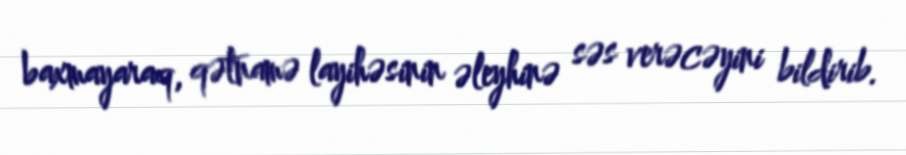
baxmayaraq, qətnamə layihəsinin əleyhinə səs verəcəyini bildirib.